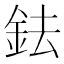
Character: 鉣